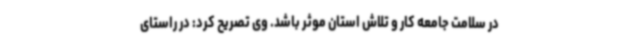
در سلامت جامعه کار و تلاش استان موثر باشد. وی تصریح کرد: در راستای